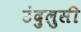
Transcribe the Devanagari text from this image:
उंदुलुसी